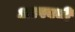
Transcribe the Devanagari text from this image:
अल्पवयी